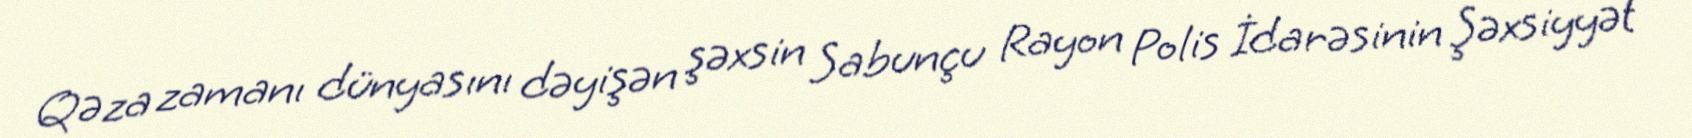
Qəza zamanı dünyasını dəyişən şəxsin Sabunçu Rayon Polis İdarəsinin Şəxsiyyət